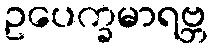
ဥပေက္ခမာရဗ္ဘ